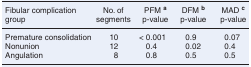
| Fibular complication group | No. of segments | PFM a p-value | DFM b p-value | MAD c p-value |
 | --- | --- | --- | --- | --- |
 | Premature consolidation | 10 | < 0.001 | 0.9 | 0.07 |
 | Nonunion | 12 | 0.4 | 0.02 | 0.4 |
 | Angulation | 8 | 0.8 | 0.5 | 0.5 |